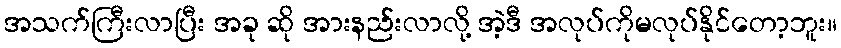
အသက်ကြီးလာပြီး အခု ဆို အားနည်းလာလို့ အဲ့ဒီ အလုပ်ကိုမလုပ်နိုင်တော့ဘူး။